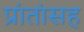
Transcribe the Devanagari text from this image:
प्रांतांसह